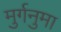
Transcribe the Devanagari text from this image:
मुर्गनुमा